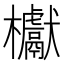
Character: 𣡌